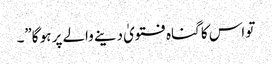
تو اس کا گناہ فتویٰ دینے والے پر ہو گا”۔